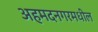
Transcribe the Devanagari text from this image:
अहमदनगरमधील